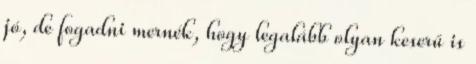
jó, de fogadni mernék, hogy legalább olyan keserű is